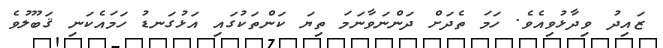
ޒައިދު ވިދާޅުވިއެވެ. ހަމަ ތެދަށް ދަންނަވާނަމަ ތިޔަ ކަންތަކުގައި އަޅުގަނޑު ހަމައެކަނި ޤަބޫލުވެ